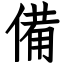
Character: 備